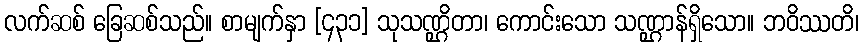
လက်ဆစ် ခြေဆစ်သည်။ စာမျက်နှာ [၄၃၁] သုသဏ္ဌိတာ၊ ကောင်းသော သဏ္ဌာန်ရှိသော။ ဘဝိဿတိ၊